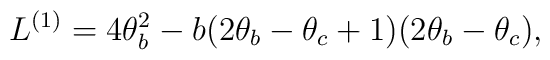
L^{(1)}= 4\theta_b^2 - b (2\theta_b - \theta_c + 1)(2\theta_b - \theta_c),